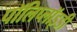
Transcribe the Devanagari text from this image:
पॉलिप्लॉइडी